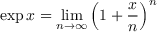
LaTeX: \exp x = \operatorname* { l i m } _ { n \to \infty } \left( 1 + { \frac { x } { n } } \right) ^ { n }